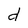
Character: d